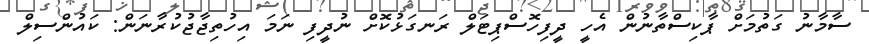
ސާމާނު ގަތުމަށް ޕާކިސްތާނުން އެހީ ދީފިހޮސްޕިޓަލް ރަނގަޅުކޮށް ނުދީފި ނަމަ އިހުތިޖާޖުކުރާނަން: ކައުންސިލް